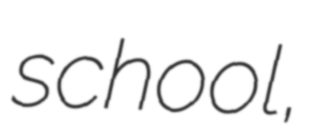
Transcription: school,